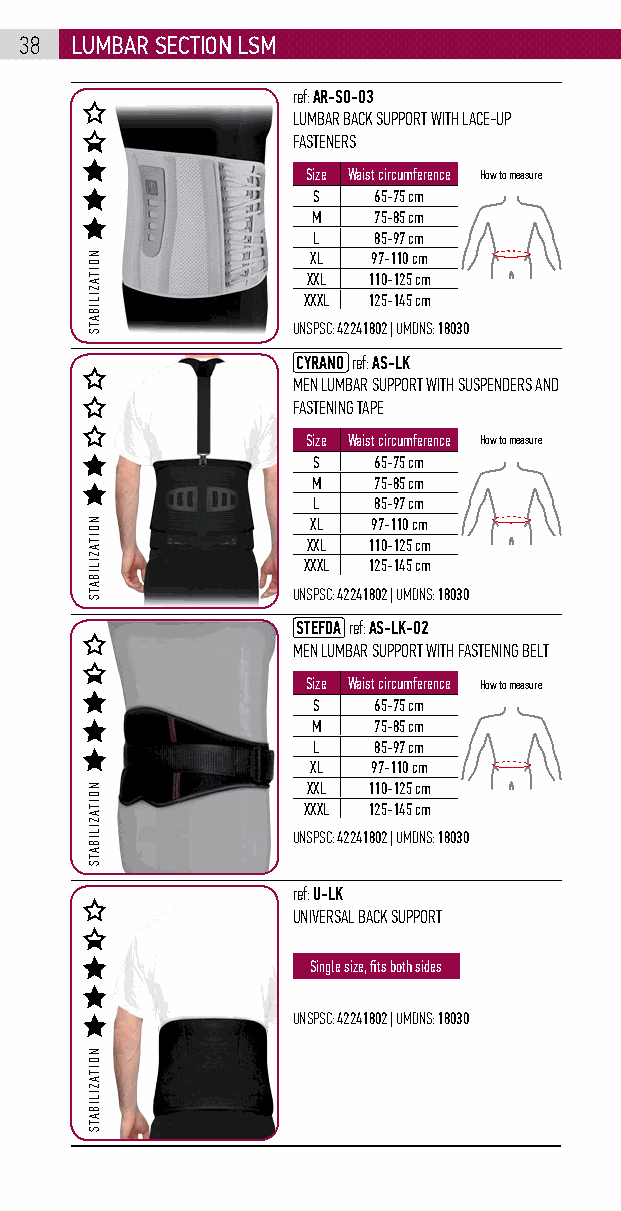
38  lumbar sEction lsm
 ref: AR-SO-03
 LUMBAR BACK SUPPORT WITH LACE-UP
 FASTENERS
 Size Waist circumference How to measure
 S   65-75 cm
 M   75-85 cm
 L   85-97 cm
 XL  97-110 cm
 XXL 110-125 cm
 XXXL 125-145 cm
 UNSPSC: 42241802 | UMDNS: 18030
 CYRANO ref: AS-LK
 MEN LUMBAR SUPPORT WITH SUSPENDERS AND
 FASTENING TAPE
 Size Waist circumference How to measure
 S   65-75 cm
 M   75-85 cm
 L   85-97 cm
 XL  97-110 cm
 XXL 110-125 cm
 XXXL 125-145 cm
 UNSPSC: 42241802 | UMDNS: 18030
 STEFDA ref: AS-LK-02
 MEN LUMBAR SUPPORT WITH FASTENING BELT
 Size Waist circumference How to measure
 S   65-75 cm
 M   75-85 cm
 L   85-97 cm
 XL  97-110 cm
 XXL 110-125 cm
 XXXL 125-145 cm
 UNSPSC: 42241802 | UMDNS: 18030
 ref: U-LK
 UNIVERSAL BACK SUPPORT
 Single size, fits both sides
 UNSPSC: 42241802 | UMDNS: 18030
 NOITAZILIBATS
 NOITAZILIBATS
 NOITAZILIBATS
 NOITAZILIBATS